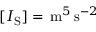
[ I _ { \mathrm { S } } ] = \, \mathrm { m } ^ { 5 } \, \mathrm { s } ^ { - 2 }